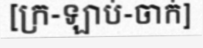
[ក្រ-ឡាប់-ចាក់]